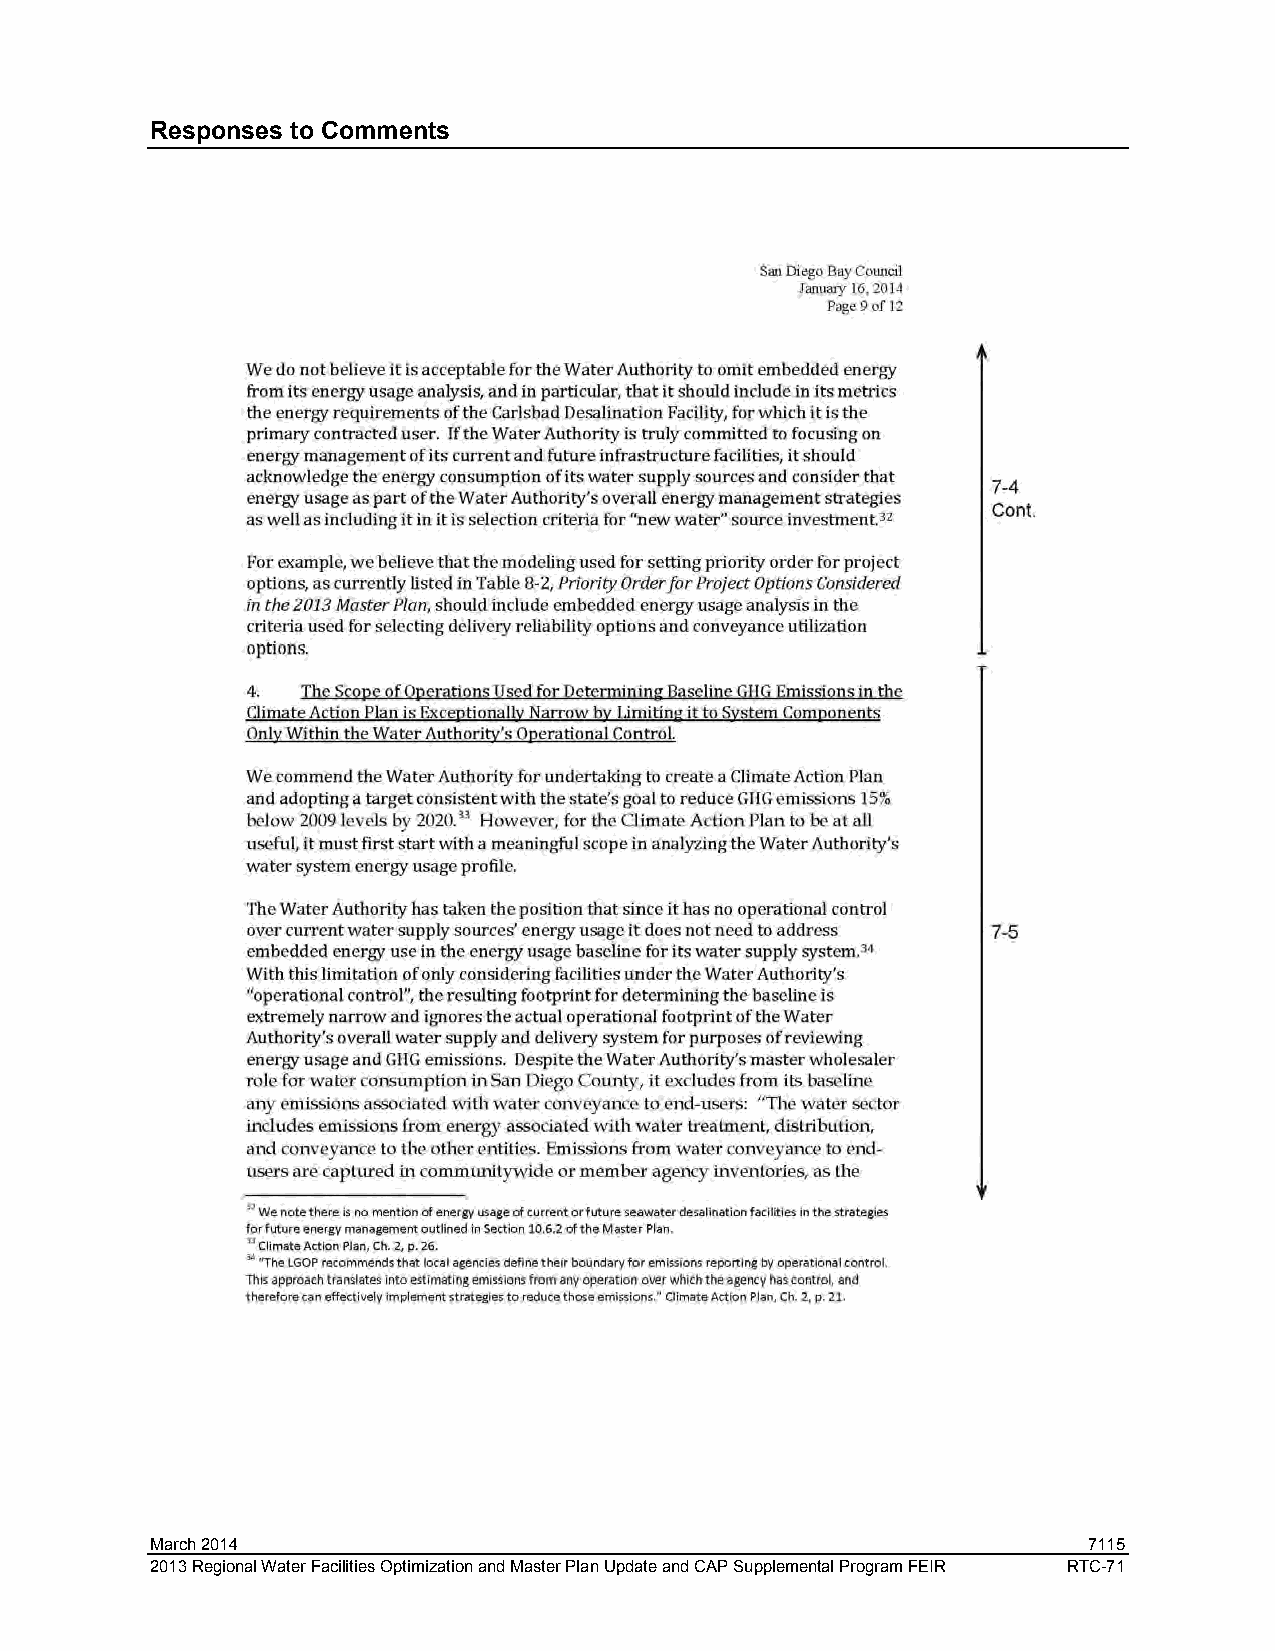
Responses to Comments
 March 2014                                                    7115
 2013 Regional Water Facilities Optimization and Master Plan Update and CAP Supplemental Program FEIR RTC-71